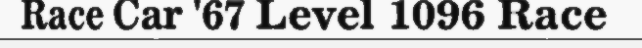
Race Car '67 Level 1096 Race